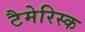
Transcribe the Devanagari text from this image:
टैमेरिस्क